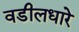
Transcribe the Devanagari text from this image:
वडीलधारे